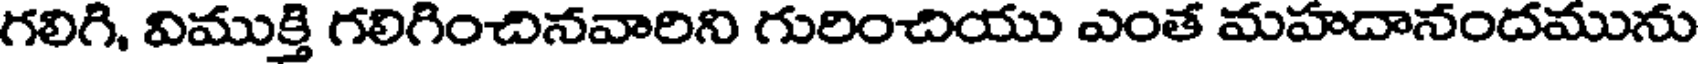
గలిగి, విముక్తి గలిగించినవారిని గురించియు ఎంత మహదానందమును